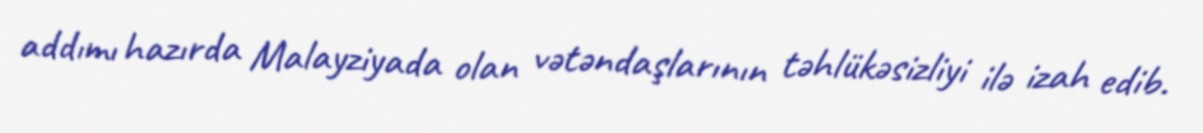
addımı hazırda Malayziyada olan vətəndaşlarının təhlükəsizliyi ilə izah edib.